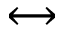
\leftrightarrow